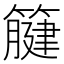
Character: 𥴤